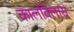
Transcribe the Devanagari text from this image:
कालविलास